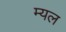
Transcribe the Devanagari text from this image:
म्यल